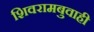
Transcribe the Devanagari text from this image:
शिवरामबुवाही